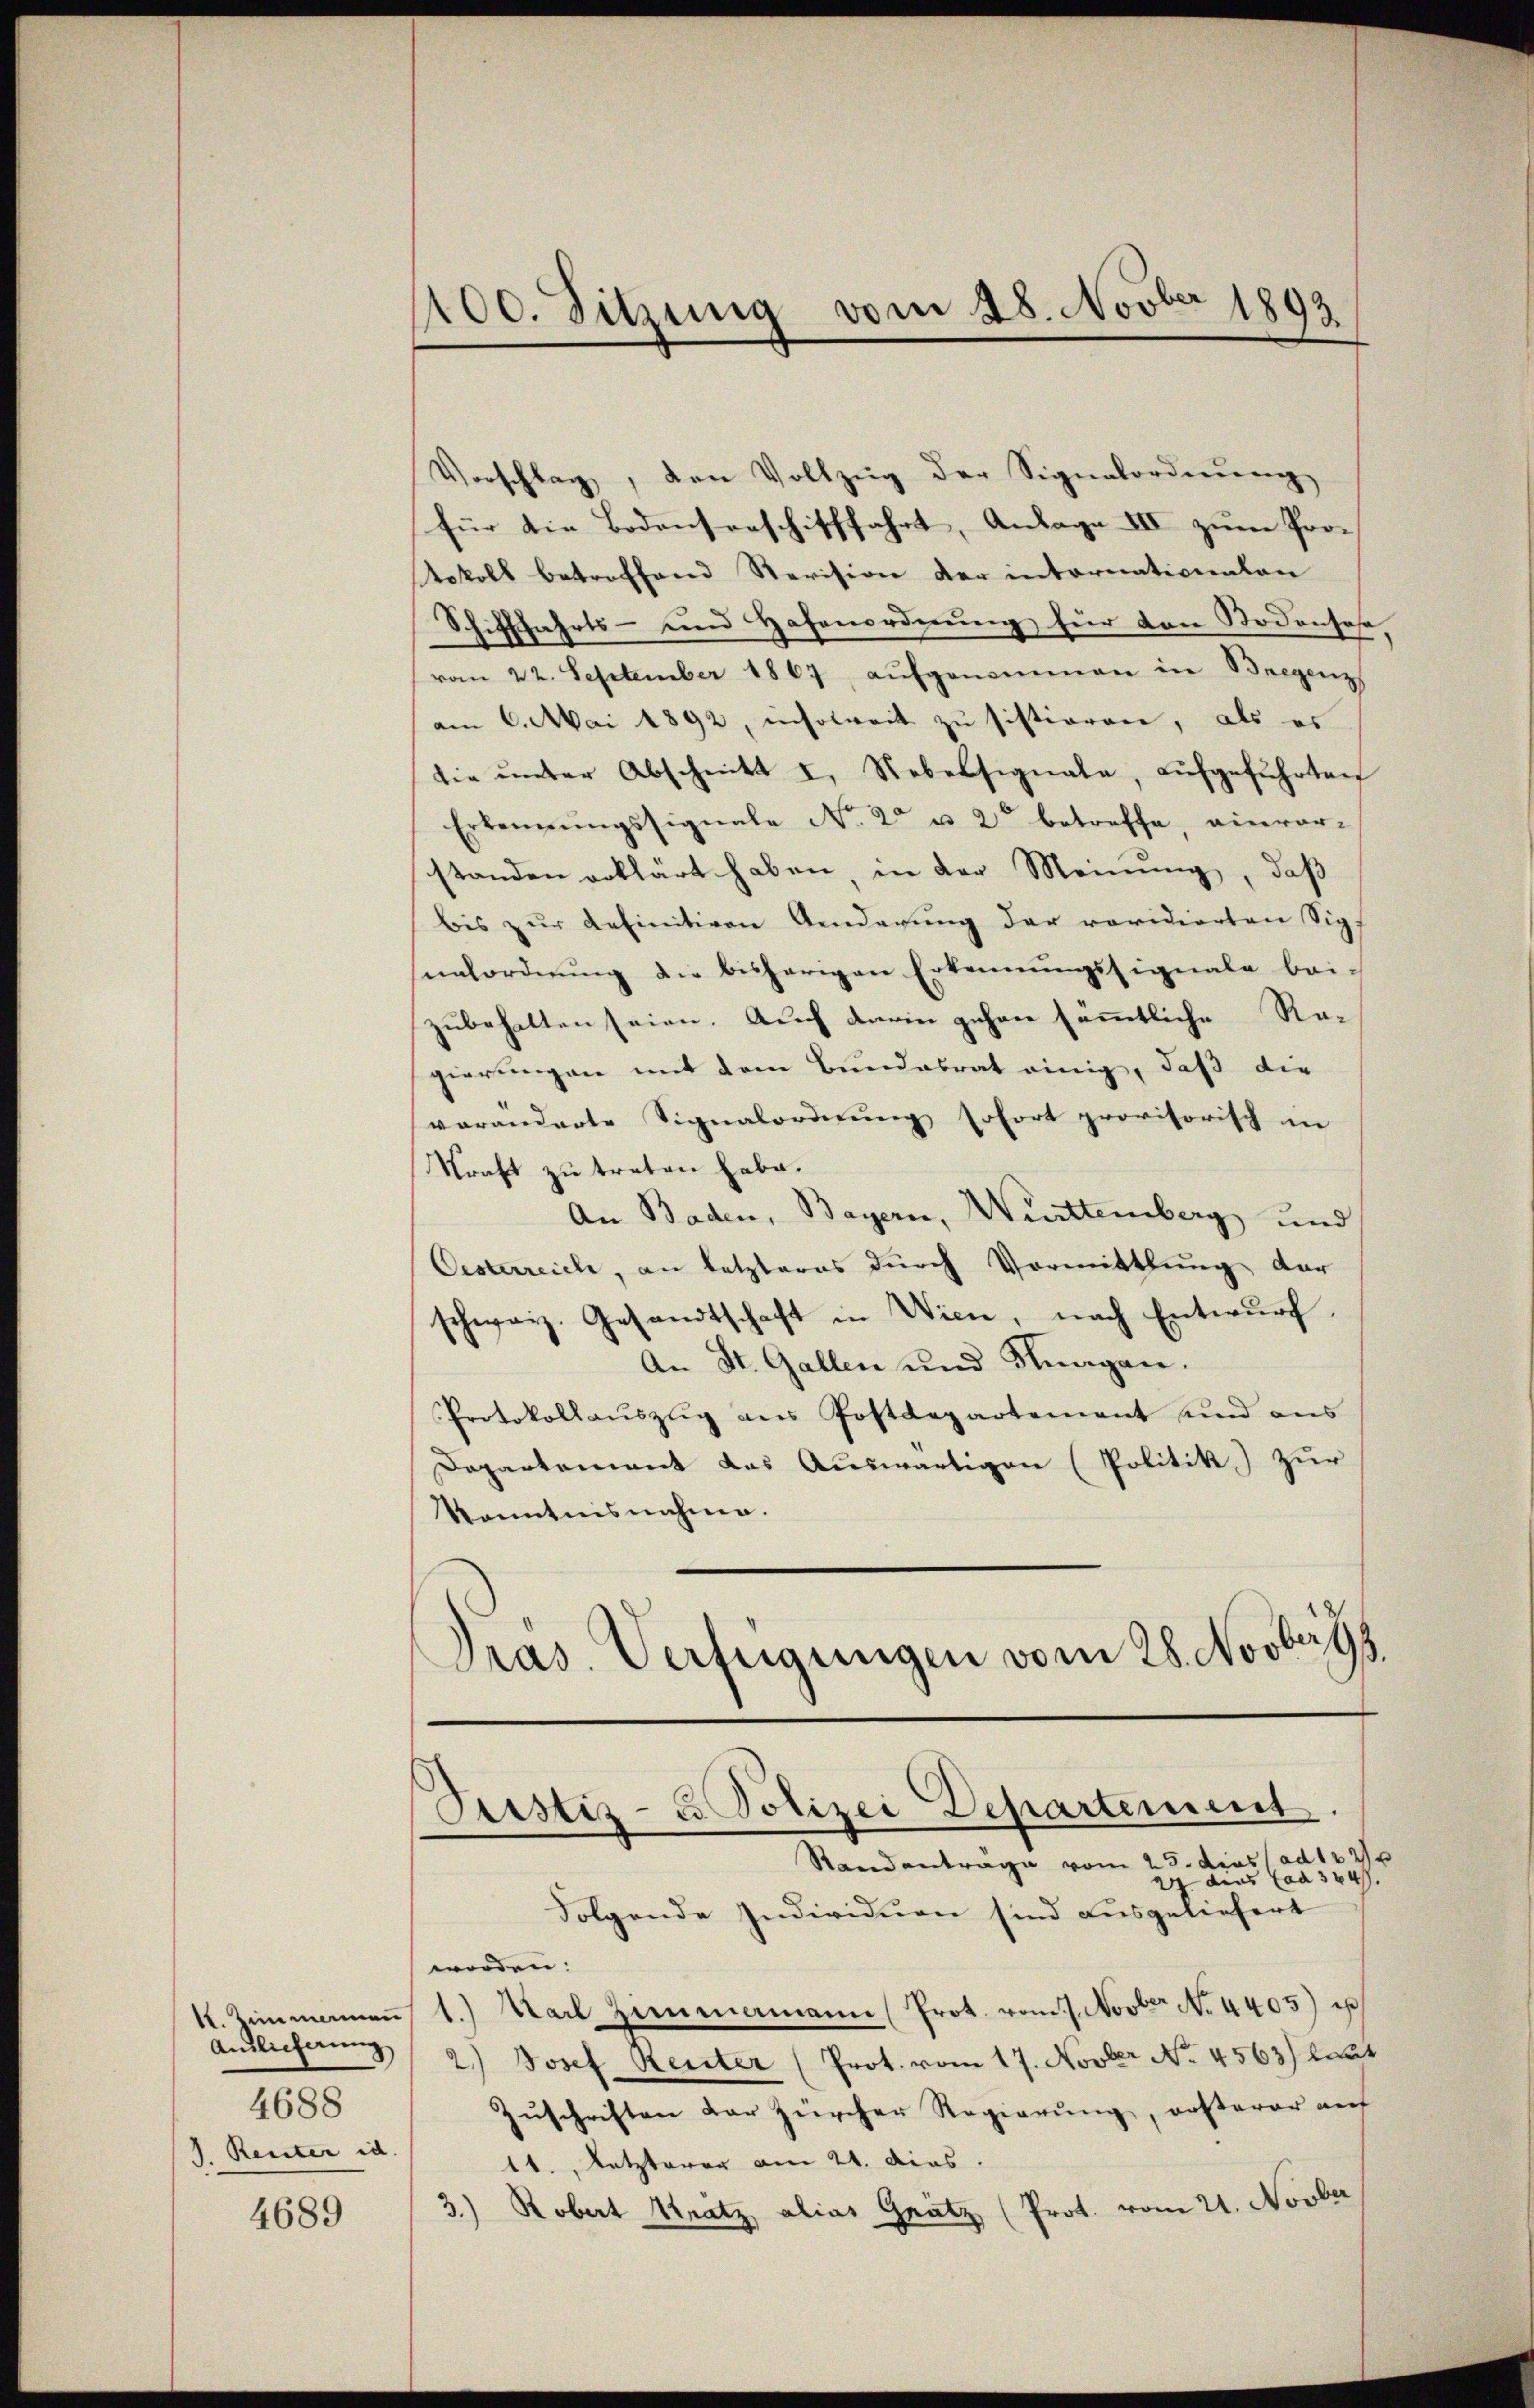
Anslicherung
4688
J. Reiter id

4689

100. Sitzung vom 28. Novber 1893

Vorschlag, den Vollzŭg der Signalordnŭng,
für die Bodenserschifffahrt, Anlage III zum Pro¬
Nokoll betroffend Revision der internationalen
Schifffahrts- und Hafenordnung für den Bodensose,
vom 22. September 1867, aŭfgenommen in Bregenz
am 6. Mai 1892, insoweit zu sistieren, als es
tie ŭnter Abschnitt I. Nebelsignale, aŭfgeführten
Erkennungssignale No. 2 u. 2 betreffe, einverstanden erklärt haben, in der Meinung, daß
bis zŭr definitiven Aenderŭng der revidierten Sig
unordnung die bisherigen Erkennungssignale bei-
zubehalten seien. Auch darin gehen sämmtliche Re-
gierungen mit dem Bundesrat einig, daß die
veränderte Signalordnung sofort provisorisch in
Kraft zu treten habe.
An Baden, Bayern, Württemberg und
Oesterreich, an letzteres durch Vormittlung dar
schwarz. Gesandtschaft in Wien, nach Entwŭrf
An St. Gallen und Kragen.
Protokollauszug aus Postdepartement und aus
Departement das Auswärtigen (Politik) Zur
Kenntnisnahme.
Pras. Verfügungen vom 28. Novberz

Pustiz- u Polizei Departement.
Standanträge vom 25. dies ad 10 Xr

24 ains Cad 324.
Folgende Individuen sind ausgeliefert
worden.
k. Zimmemaṅ 1.) Karl Zimmermann Prot. vom 7. Novt No 4405) u
2.) Josef Renter (Prot. vom 17. Novber No. 4563) laut
Zuschriften der zürcher Regierung, ersterer auf
11. Letzterer am 21. dies.
3.) Robert Kratz alias Gratz (Prot. vom 21. Novber